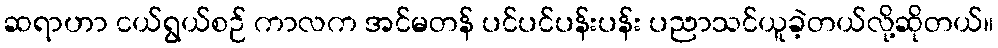
ဆရာဟာ ငယ်ရွယ်စဉ် ကာလက အင်မတန် ပင်ပင်ပန်းပန်း ပညာသင်ယူခဲ့တယ်လို့ဆိုတယ်။